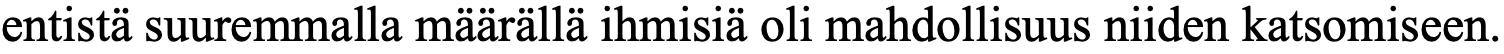
entistä suuremmalla määrällä ihmisiä oli mahdollisuus niiden katsomiseen.